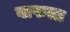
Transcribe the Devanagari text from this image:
बाफला